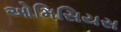
ઓમિસિયસ